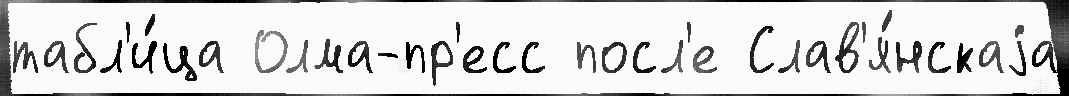
табл'и́ца Олма-пр'есс посл'е Слав'я́нскаjа